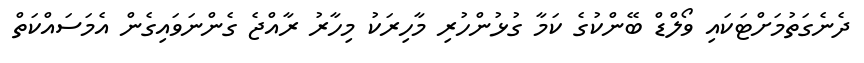
ދެނެގަތުމަށްޓަކައި ވޯލްޑް ބޭންކުގެ ކަމާ ގުޅުންހުރި މާހިރަކު މިހާރު ރާއްޖެ ގެންނަވައިގެން އެމަސައްކަތް